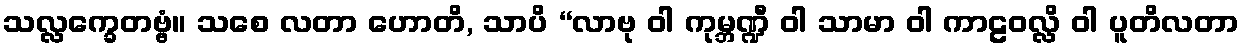
သလ္လက္ခေတဗ္ဗံ။ သစေ လတာ ဟောတိ, သာပိ “လာဗု ဝါ ကုမ္ဘဏ္ဍီ ဝါ သာမာ ဝါ ကာဠဝလ္လိ ဝါ ပူတိလတာ